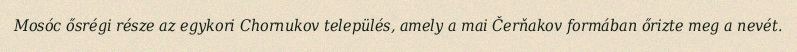
Mosóc ősrégi része az egykori Chornukov település, amely a mai Čerňakov formában őrizte meg a nevét.